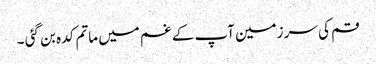
قم کی سر زمین آپ کے غم میں ماتم کدہ بن گئی ۔